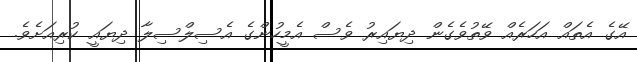
އޭގެ އެތައް އަހަރެއް ވޭތުވެގެން ދިޔައިރު ވެސް އެމީހުންގެ އެސިލްސިލާ ދިޔައީ ކުރިއަށެވެ.